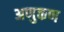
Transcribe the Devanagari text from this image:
अणुकण